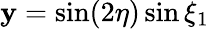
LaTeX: \mathbf{y}=\sin(2\eta)\sin\xi_{1}